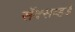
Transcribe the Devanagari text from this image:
सॅक्सव्हर्ड